Veterinary regulations India, 1935 -
Year: 1935
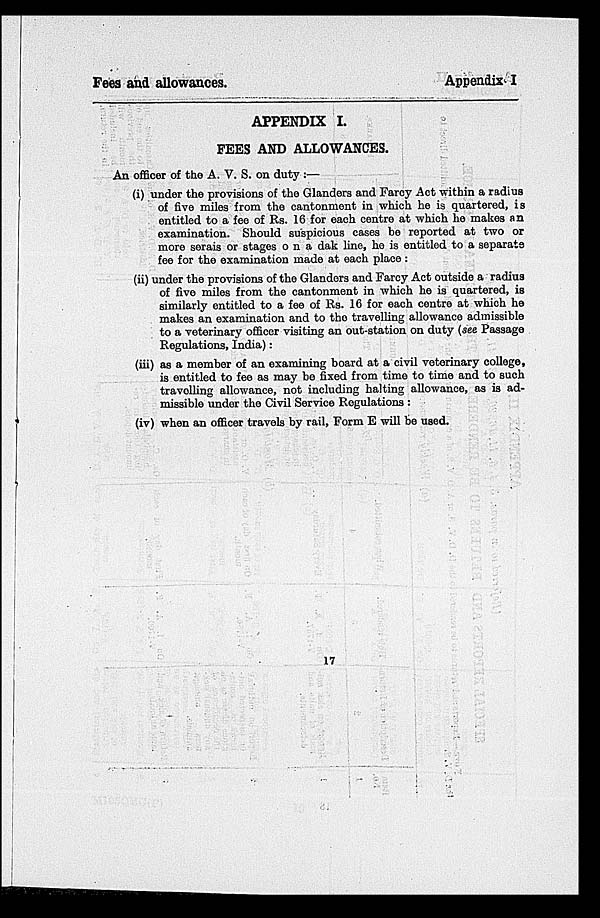
Fees and allowances.
Appendix I
APPENDIX I.
FEES AND ALLOWANCES.
An officer of the A. V. S. on duty :—
(i) under the provisions of the Glanders and Farcy Act within a radius
of five miles from the cantonment in which he is quartered, is
entitled to a fee of Rs. 16 for each centre at which he makes an
examination. Should suspicious cases be reported at two or
more serais or stages on a dak line, he is entitled to a separate
fee for the examination made at each place :
(ii) under the provisions of the Glanders and Farcy Act outside a radius
of five miles from the cantonment in which he is quartered, is
similarly entitled to a fee of Rs. 16 for each centre at which he
makes an examination and to the travelling allowance admissible
to a veterinary officer visiting an out-station on duty (see Passage
Regulations, India) :
(iii) as a member of an examining board at a civil veterinary college,
is entitled to fee as may be fixed from time to time and to such
travelling allowance, not including halting allowance, as is ad-
missible under the Civil Service Regulations :
(iv) when an officer travels by rail, Form E will be used.
17